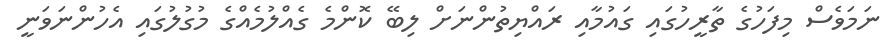
ނަމަވެސް މިފަހުގެ ތާރީހުގައި ގައުމާއި ރައްޔިތުންނަށް ލިބޭ ކޮންމެ ގެއްލުމެއްގެ މުގުލުގައި އެހުންނަވަނީ